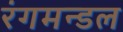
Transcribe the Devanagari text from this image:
रंगमन्डल